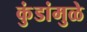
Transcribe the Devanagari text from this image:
कुंडांमुळे